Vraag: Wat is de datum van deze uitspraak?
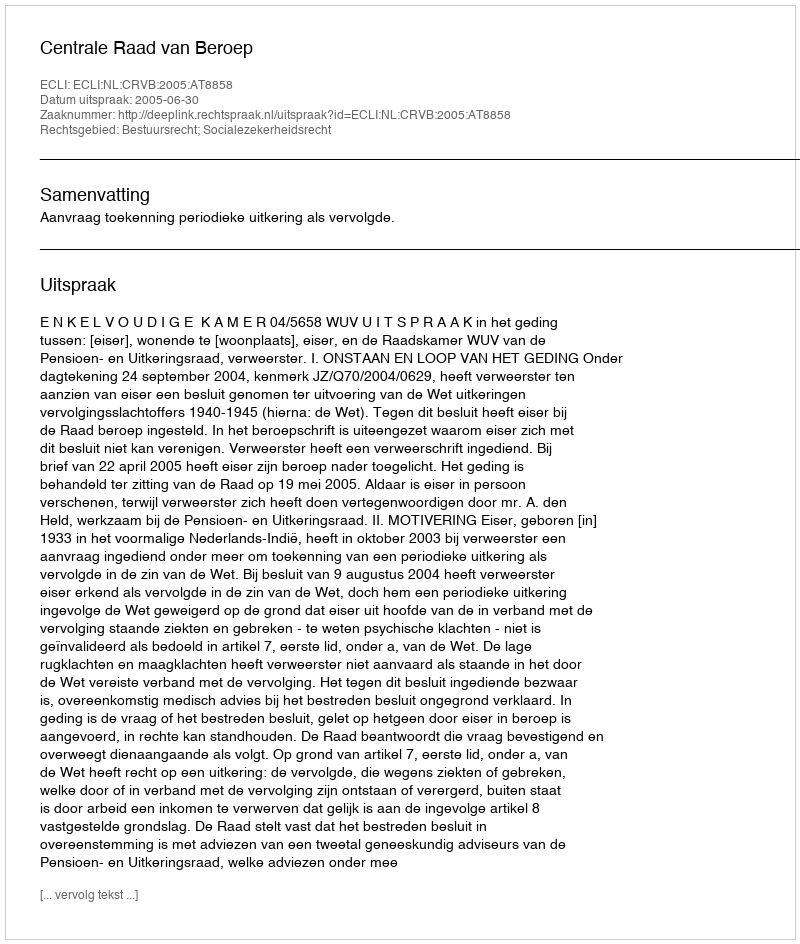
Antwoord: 2005-06-30